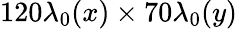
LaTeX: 120\lambda_{0}(x)\times 70\lambda_{0}(y)